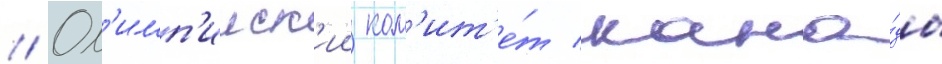
// Ол'имп'ииск'ии ком'ит'е́т кана́ды